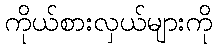
ကိုယ်စားလှယ်များကို